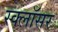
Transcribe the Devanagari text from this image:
स्क्लॉसर